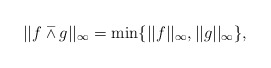
\begin{align*}||f\barwedge g||_{\infty }=\min \{||f||_{\infty },||g||_{\infty }\},\end{align*}